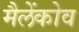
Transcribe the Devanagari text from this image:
मैलेंकोव